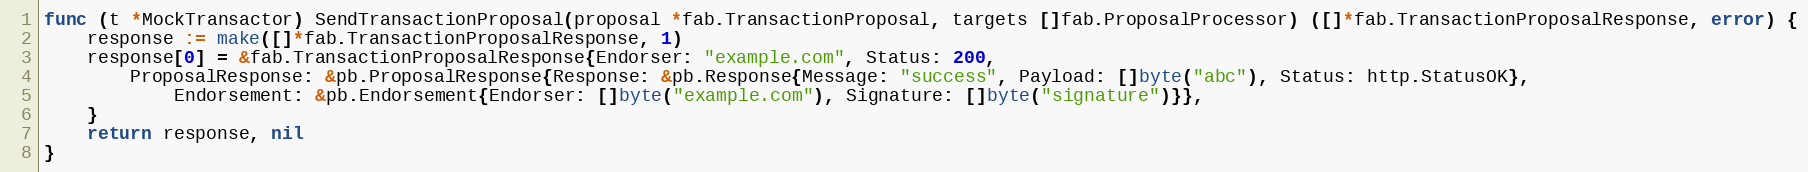
Language: Go
func (t *MockTransactor) SendTransactionProposal(proposal *fab.TransactionProposal, targets []fab.ProposalProcessor) ([]*fab.TransactionProposalResponse, error) {
	response := make([]*fab.TransactionProposalResponse, 1)
	response[0] = &fab.TransactionProposalResponse{Endorser: "example.com", Status: 200,
		ProposalResponse: &pb.ProposalResponse{Response: &pb.Response{Message: "success", Payload: []byte("abc"), Status: http.StatusOK},
			Endorsement: &pb.Endorsement{Endorser: []byte("example.com"), Signature: []byte("signature")}},
	}
	return response, nil
}